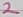
Text: 2